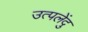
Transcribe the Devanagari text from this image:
उत्पलेंदु